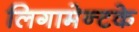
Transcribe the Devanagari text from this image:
लिगामेन्टके